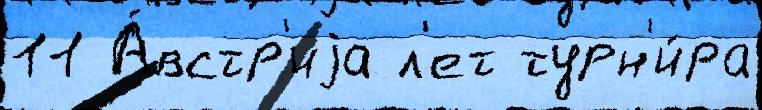
11 А́встр'иjа л'ет турн'и́ра